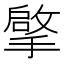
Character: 𮲒